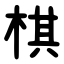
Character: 棋